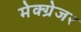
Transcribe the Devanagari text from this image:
मेक्ग्रेजर